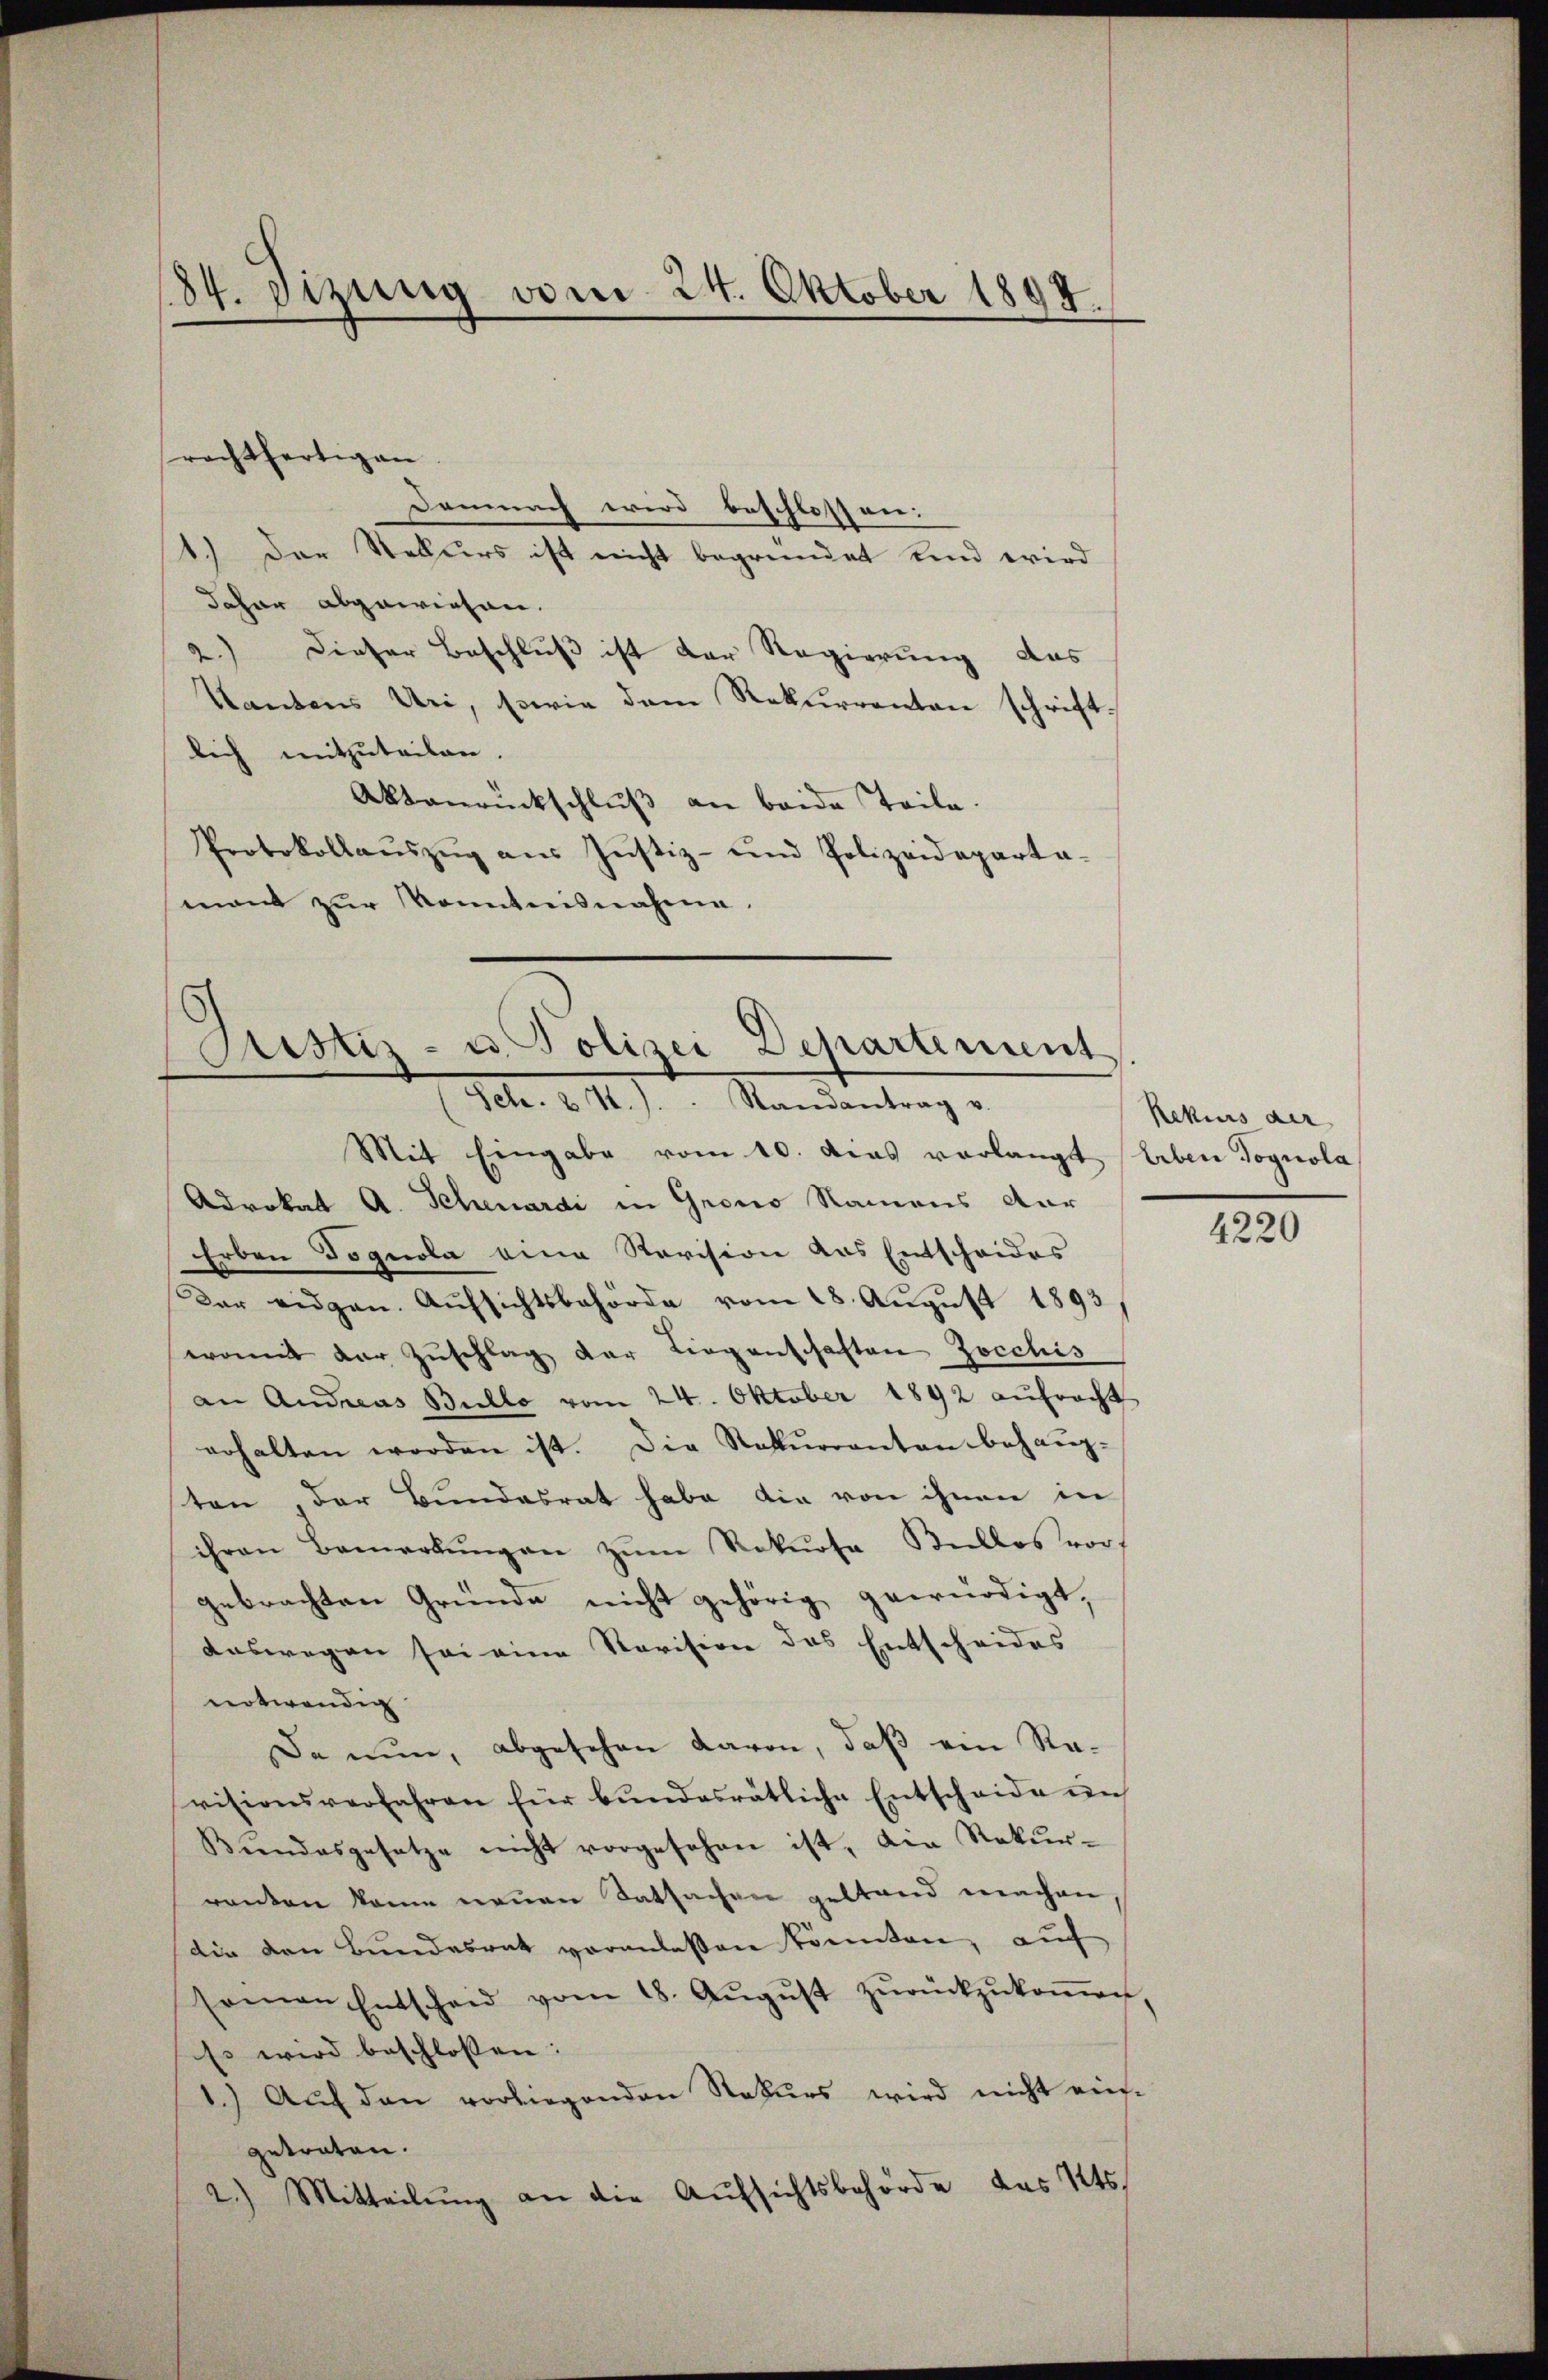
84. Sizung vom 24. Oktober 1894.

Demnach wird beschlossen:
1.) Der Rekurs ist nicht begründet und wird
Jahar abgewiesen.
2.) Dieser Beschluß ist der Regierung das
Kantons Uri, sowie dem Rekurrenten schrift-
lich mitzuteilen.
Aktanrückschluß an beide Teile.
Protokollaŭszŭg aŭs Justiz- und Polizeideparta-
mant zur Kenntnisnahme.

rachtfertigen

Sistiz- u. Polizei Departement
Sch. & 4.). Randantrag v.

Mit Eingabe vom 10. Das vorlangt Erben Dognola
Advokat A. Schenardi in Grono Namens Aar
Erben Tognola eine Revision das Entscheides
Der eidgen. Aufsichtsbehörde vom 18. August 1893/
womit der Zŭschlag der Liegenschaften Jocchis
an Andreas Bullo vom 24. Oktober 1892 aŭfracht
erhalten worden ist. Die Rekŭrranten behaŭp-
sten, der Bundesrat habe die von ihnen in
ihren Bemerkŭngen zŭm Rekŭrsa Bullos vor
gebrachten Gründe nicht gehörig gewürdigt,
Auswegen sei eine Revision des Entscheides
notwendig
Da nun, abgesehen davon, daß ein Ravisionsverfahren für bŭndesrätliche Entscheide in
Biendesgesetze nicht vorgesehen ist, die Rekŭr-
renten kam neŭen Tatsachen gestand machen,
dir den Bundesrat veranlassen könnten, auf
samen Entscheid vom 18. Aŭgŭst zŭrückzŭkoṁen.
Es wird beschlossen:
1.) Auf den vorliegenden Rekurs wird nicht eingetraten.
) Mitteilŭng an die Aŭfsichtsbehörde des Kts.

Rekurs der

4220